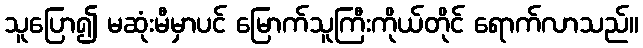
သူပြော၍ မဆုံးမီမှာပင် မြောက်သူကြီးကိုယ်တိုင် ရောက်လာသည်။